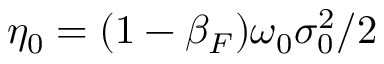
\eta _ { 0 } = ( 1 - \beta _ { F } ) \omega _ { 0 } \sigma _ { 0 } ^ { 2 } / 2